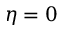
\eta = 0